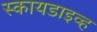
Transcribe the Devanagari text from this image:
स्कायडाइव्ह